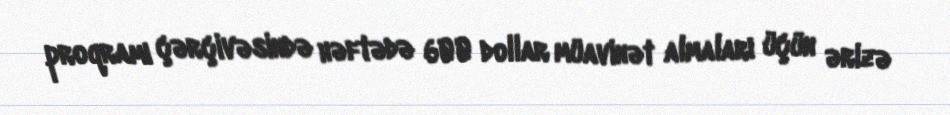
proqramı çərçivəsində həftədə 600 dollar müavinət almaları üçün ərizə